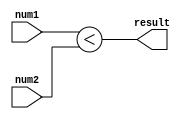
module less_than_comparator (
    input signed [7:0] num1,
    input signed [7:0] num2,
    output wire result
);

assign result = (num1 < num2);

endmodule